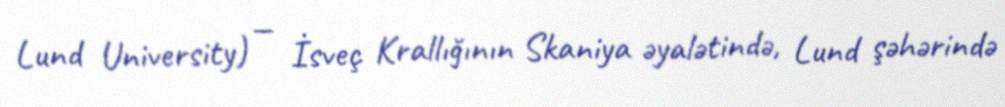
Lund University) — İsveç Krallığının Skaniya əyalətində, Lund şəhərində